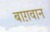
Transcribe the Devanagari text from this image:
बाग़वान